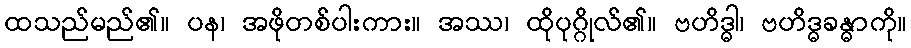
ထသည်မည်၏။ ပန၊ အဖိုတစ်ပါးကား။ အဿ၊ ထိုပုဂ္ဂိုလ်၏။ ဗဟိဒ္ဓါ၊ ဗဟိဒ္ဓခန္ဓာကို။